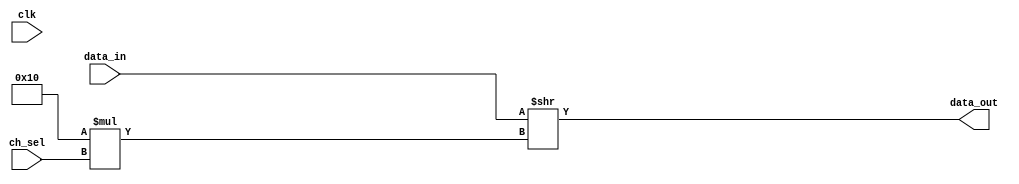
// ***************************************************************************
// ***************************************************************************
// Copyright (C) 2014-2023 Analog Devices, Inc. All rights reserved.
//
// In this HDL repository, there are many different and unique modules, consisting
// of various HDL (Verilog or VHDL) components. The individual modules are
// developed independently, and may be accompanied by separate and unique license
// terms.
//
// The user should read each of these license terms, and understand the
// freedoms and responsibilities that he or she has by using this source/core.
//
// This core is distributed in the hope that it will be useful, but WITHOUT ANY
// WARRANTY; without even the implied warranty of MERCHANTABILITY or FITNESS FOR
// A PARTICULAR PURPOSE.
//
// Redistribution and use of source or resulting binaries, with or without modification
// of this file, are permitted under one of the following two license terms:
//
//   1. The GNU General Public License version 2 as published by the
//      Free Software Foundation, which can be found in the top level directory
//      of this repository (LICENSE_GPL2), and also online at:
//      <https://www.gnu.org/licenses/old-licenses/gpl-2.0.html>
//
// OR
//
//   2. An ADI specific BSD license, which can be found in the top level directory
//      of this repository (LICENSE_ADIBSD), and also on-line at:
//      https://github.com/analogdevicesinc/hdl/blob/main/LICENSE_ADIBSD
//      This will allow to generate bit files and not release the source code,
//      as long as it attaches to an ADI device.
//
// ***************************************************************************
// ***************************************************************************

`timescale 1ns/100ps

module ad_mux_core #(
  parameter CH_W = 16,
  parameter CH_CNT = 8,
  parameter EN_REG = 0
) (
  input clk,
  input [CH_W*CH_CNT-1:0] data_in,
  input [$clog2(CH_CNT)-1:0] ch_sel,
  output [CH_W-1:0] data_out
);

  wire [CH_W-1:0] data_out_loc;

  assign data_out_loc = data_in >> CH_W*ch_sel;

  generate if (EN_REG) begin
    reg [CH_W-1:0] data_out_reg;
    always @(posedge clk) begin
      data_out_reg <= data_out_loc;
    end
    assign data_out = data_out_reg;
  end else begin
    assign data_out = data_out_loc;
  end
  endgenerate

endmodule